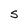
Character: S